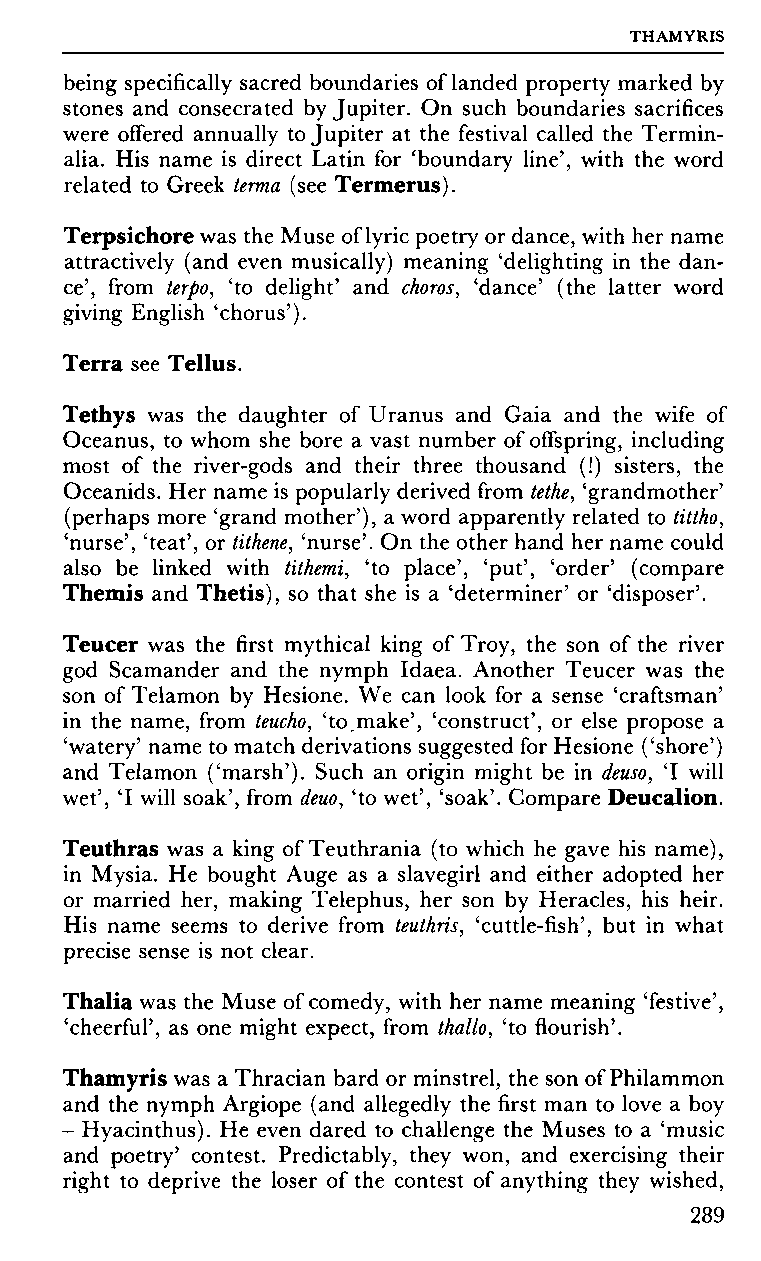
THAMYRIS
 being specifically sacred boundaries of landed property marked by
 stones and consecrated by Jupiter. On such boundaries sacrifices
 were offered annually to Jupiter at the festival called the Termin-
 alia. His name is direct Latin for 'boundary line', with the word
 related to Greek terma (see Termerus).
 Terpsichore was the Muse of lyric poetry or dance, with her name
 attractively (and even musically) meaning 'delighting in the dan­
 ce', from terpo, 'to delight' and choros, 'dance' (the latter word
 giving English 'chorus').
 Terra see Tellus.
 Tethys was the daughter of Uranus and Gaia and the wife of
 Oceanus, to whom she bore a vast number of offspring, including
 most of the river-gods and their three thousand (!) sisters, the
 Oceanids. Her name is popularly derived from tethe, 'grandmother'
 (perhaps more 'grand mother'), a word apparently related to tittho,
 'nurse', 'teat', or tithene, 'nurse'. On the other hand her name could
 also be linked with tithemi, 'to place', 'put', 'order' (compare
 Themis and Thetis), so that she is a 'determiner' or 'disposer'.
 Teucer was the first mythical king of Troy, the son of the river
 god Scamander and the nymph Idaea. Another Teucer was the
 son of Telamon by Hesione. We can look for a sense 'craftsman'
 in the name, from teucho, 'to.make', 'construct', or else propose a
 'watery' name to match derivations suggested for Hesione ('shore')
 and Telamon ('marsh'). Such an origin might be in deuso, Ί will
 wet', Ί will soak', from deuo, 'to wet', 'soak'. Compare Deucalion.
 Teuthras was a king of Teuthrania (to which he gave his name),
 in Mysia. He bought Auge as a slavegirl and either adopted her
 or married her, making Telephus, her son by Heracles, his heir.
 His name seems to derive from teuthris, 'cuttle-fish', but in what
 precise sense is not clear.
 Thalia was the Muse of comedy, with her name meaning 'festive',
 'cheerful', as one might expect, from thallo, 'to flourish'.
 Thamyris was a Thracian bard or minstrel, the son of Philammon
 and the nymph Argiope (and allegedly the first man to love a boy
 - Hyacinthus). He even dared to challenge the Muses to a 'music
 and poetry' contest. Predictably, they won, and exercising their
 right to deprive the loser of the contest of anything they wished,
 289